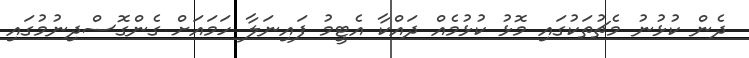
ދެން ކުޅުނު މެޗުތަކުގައި މޮޅު ކުޅުމެއް ދައްކާ އެޓީމު ފައިނަލާ ހަމައަށް ގެންގޮސްދިނުމުގައި